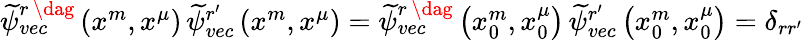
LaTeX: \begin{array}{r}{\widetilde{\psi}_{vec}^{r\, \dag}\left(x^{m},x^{\mu}\right)\, \widetilde{\psi}_{vec}^{r^{\prime}}\left(x^{m},x^{\mu}\right)=\widetilde{\psi}_{vec}^{r\, \dag}\left(x_{0}^{m},x_{0}^{\mu}\right)\, \widetilde{\psi}_{vec}^{r^{\prime}}\left(x_{0}^{m},x_{0}^{\mu}\right)=\delta_{rr^{\prime}}}\end{array}